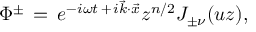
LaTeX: \Phi ^ { \pm } \, = \, e ^ { - i \omega t \, + \, i \vec { k } \cdot \vec { x } } z ^ { n / 2 } J _ { \pm \nu } ( u z ) ,